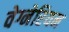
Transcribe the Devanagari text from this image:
वेग्नेरियन